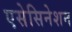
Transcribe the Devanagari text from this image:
एसेसिनेशन